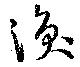
渙